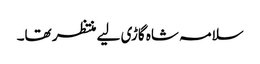
سلامہ شاہ گاڑی لیے منتظر تھا۔